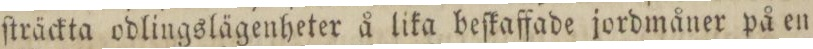
ſträckta odlingslägenheter å lika beſkaffade jordmåner på en